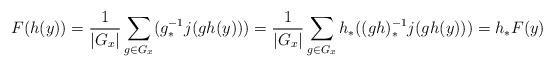
LaTeX: \begin{align*}F(h(y))=\frac{1}{|G_x|} \sum_{g\in G_x} (g_*^{-1} j(gh(y)))=\frac{1}{|G_x|} \sum_{g\in G_x} h_*((gh)_*^{-1} j(gh(y)))=h_* F(y)\end{align*}